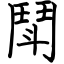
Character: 鬦